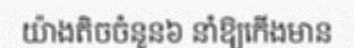
យ៉ាងតិចចំនួន៦ នាំឱ្យកើងមាន